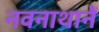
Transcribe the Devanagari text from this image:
नवनाथानें